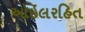
ઓઇલરહિત